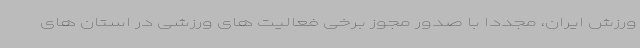
ورزش ایران، مجددا با صدور مجوز برخی فعالیت های ورزشی در استان های